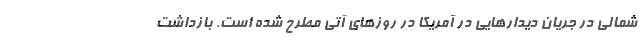
شمالی در جریان دیدارهایی در آمریکا در روزهای آتی مطرح شده است. بازداشت